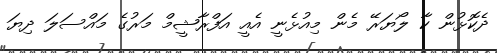
ދެކޮޅުން ކާ ލޯޔަރޭ މެން މިއުޅެނީ އެއީ އަފްރާޝީމް މަރުގެ މައްސަލަ ދިޔަ